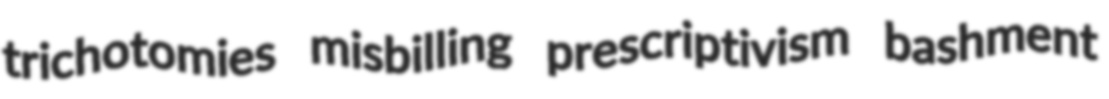
trichotomies misbilling prescriptivism bashment